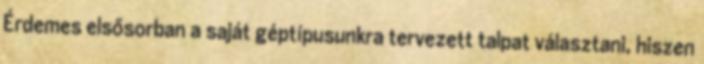
Érdemes elsősorban a saját géptípusunkra tervezett talpat választani, hiszen